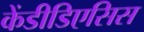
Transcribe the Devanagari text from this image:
केंडीडिएसिस